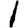
Digit: 1